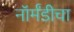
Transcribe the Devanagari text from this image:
नॉर्मंडीचा